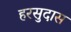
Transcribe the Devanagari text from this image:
हरसुदास